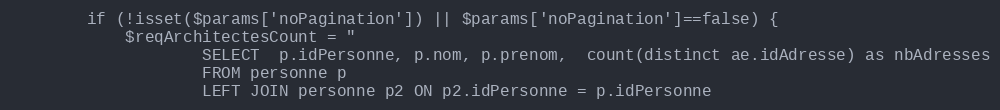
Language: PHP
		if (!isset($params['noPagination']) || $params['noPagination']==false) {
			$reqArchitectesCount = "
					SELECT  p.idPersonne, p.nom, p.prenom,  count(distinct ae.idAdresse) as nbAdresses
					FROM personne p
					LEFT JOIN personne p2 ON p2.idPersonne = p.idPersonne